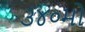
૩૪૦મો